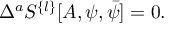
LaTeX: \Delta ^ { a } S ^ { \{ l \} } [ A , \psi , \bar { \psi } ] = 0 .